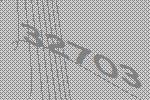
32703